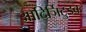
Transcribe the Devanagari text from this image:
आदिर्ञिटुडवः